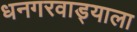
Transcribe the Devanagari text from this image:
धनगरवाड्याला